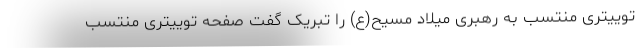
توییتری منتسب به رهبری میلاد مسیح(ع) را تبریک گفت صفحه توییتری منتسب